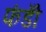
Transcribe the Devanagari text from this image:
फंडोँ